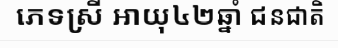
ភេទស្រី អាយុ៤២ឆ្នាំ ជនជាតិ